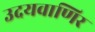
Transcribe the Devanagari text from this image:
उदयवाणिर